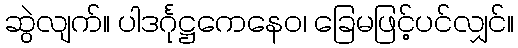
ဆွဲလျက်။ ပါဒင်္ဂုဋ္ဌကေနေဝ၊ ခြေမဖြင့်ပင်လျှင်။